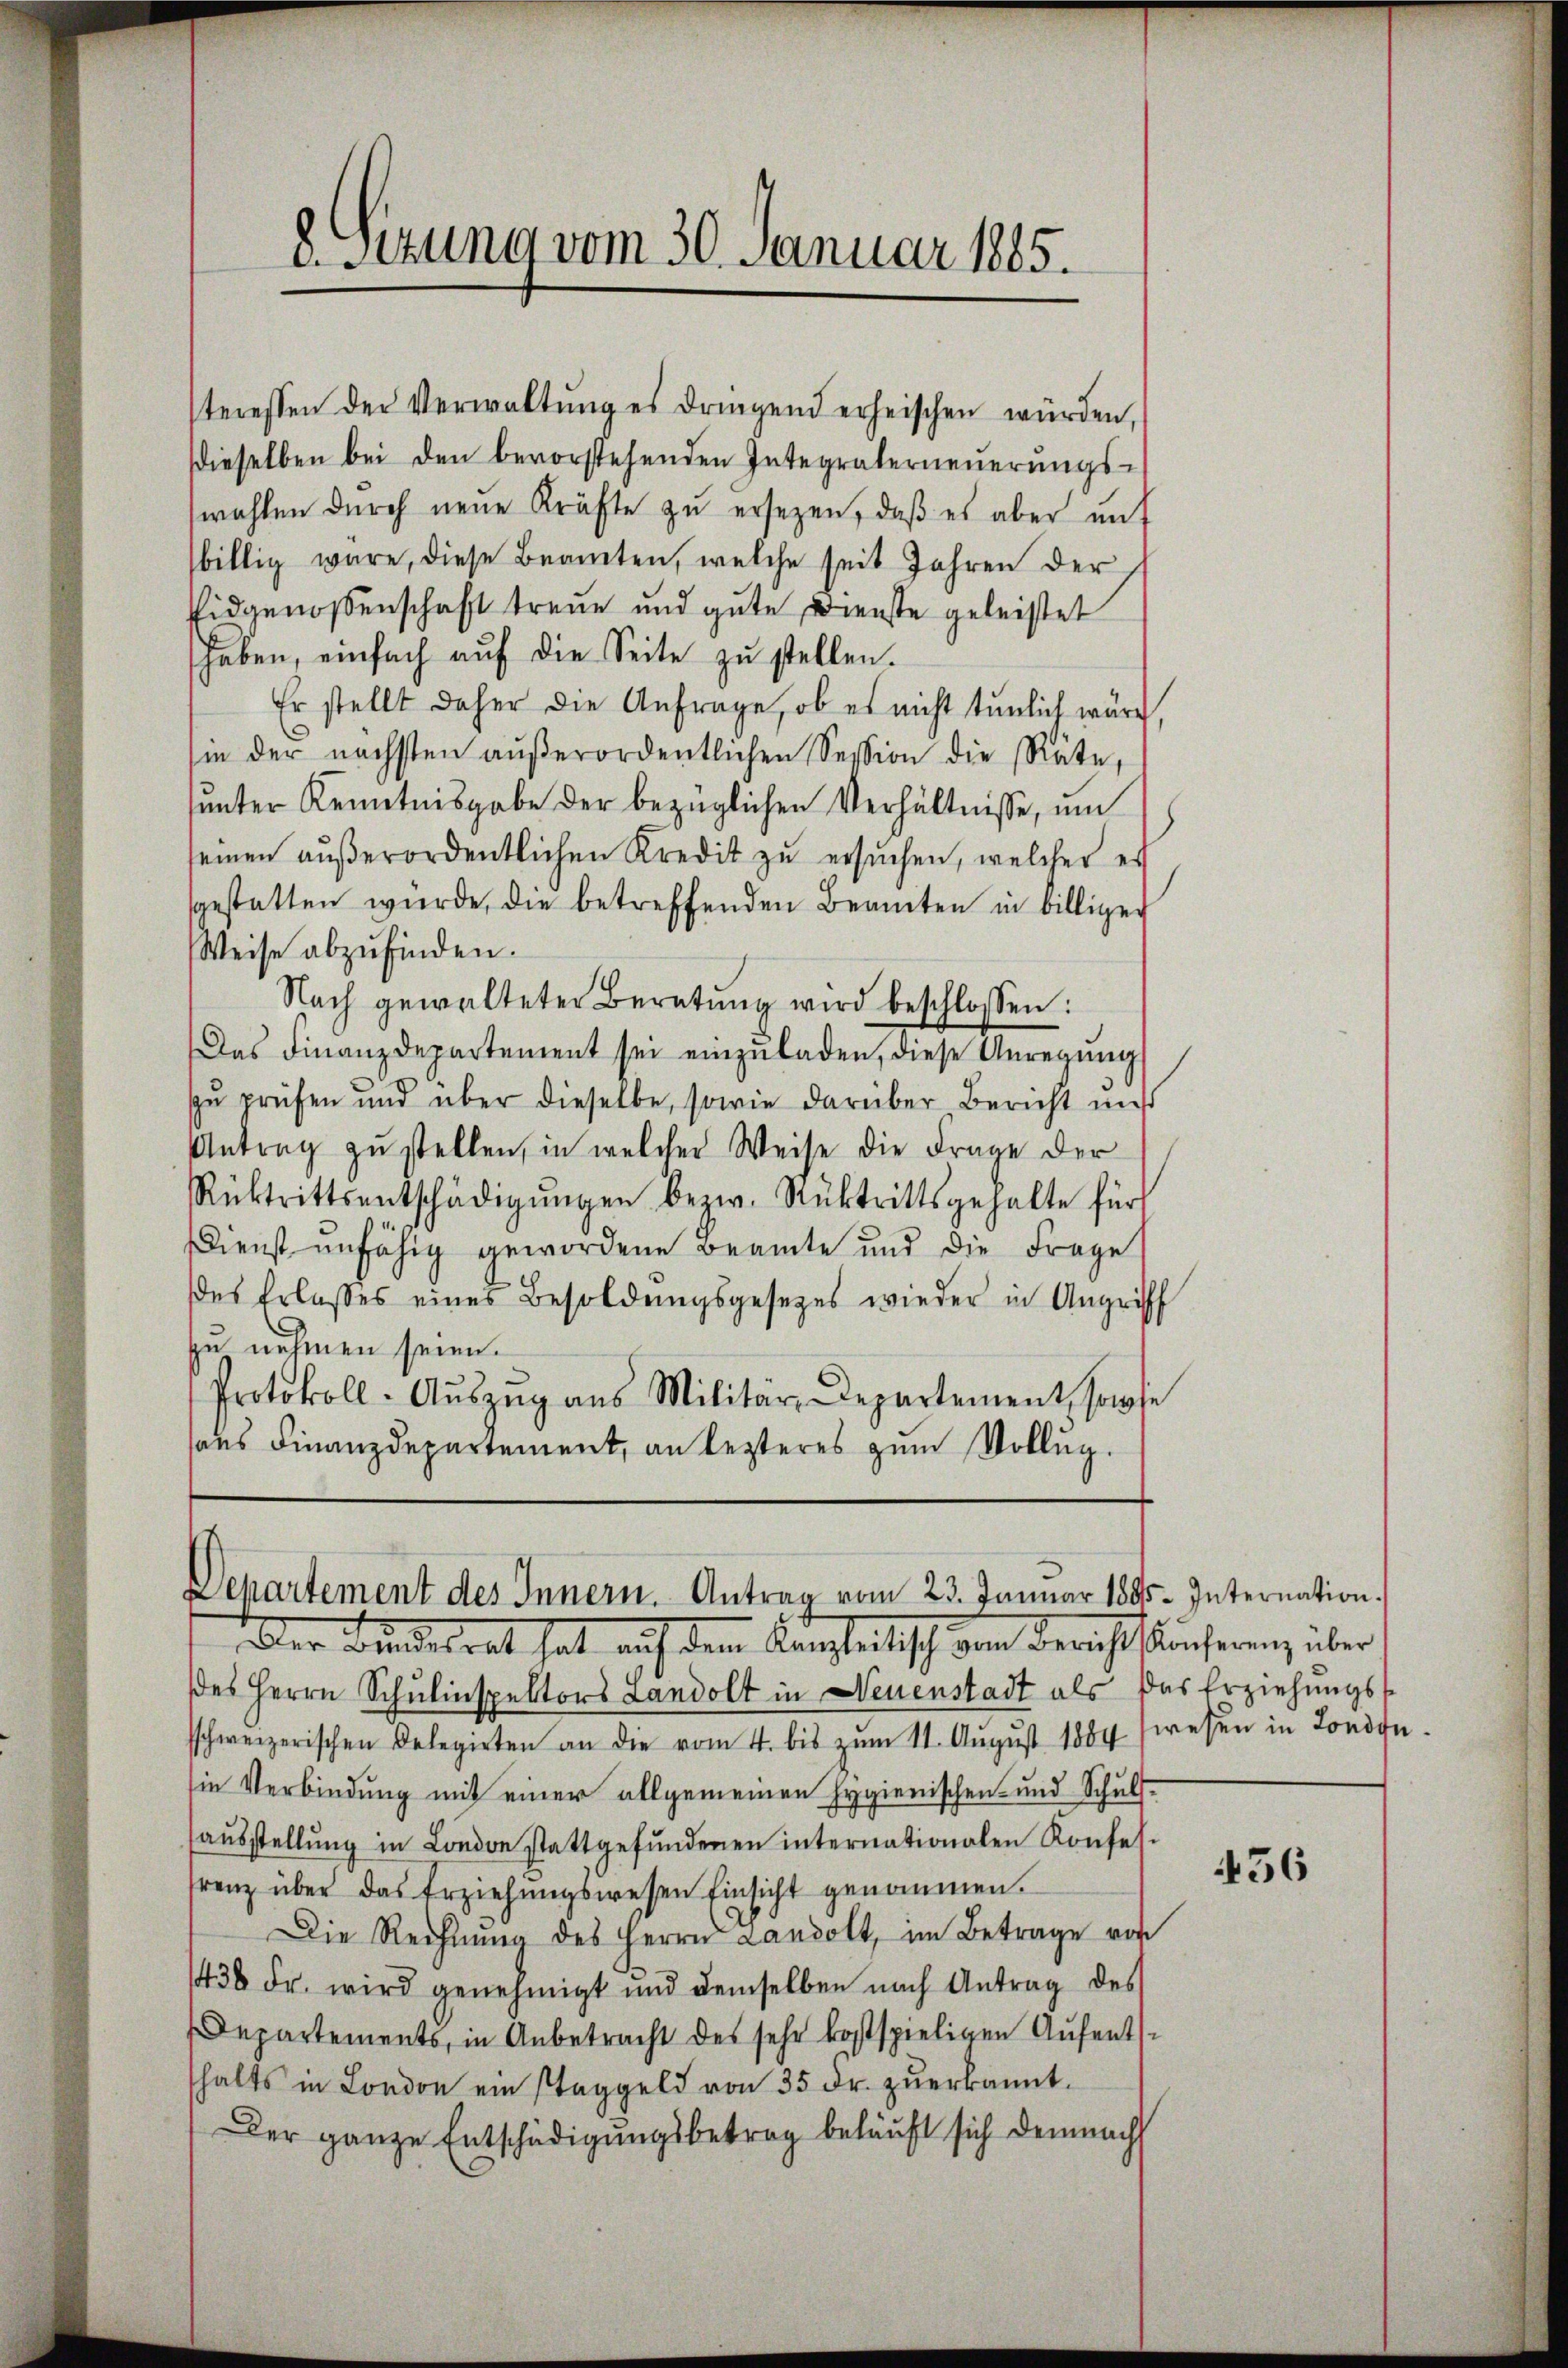
v.Sttung vom 30. Januar 1885.

steressen der Verwaltŭng es dringend erheischen würden,
Dieselben bei den bevorstehenden Integraterneŭerŭngs-
wahlen durch neue Kräfte zu ersezen, daß es aber unt
billig wäre, diese Beamten, welche seit Jahren der
Eidgenossenschaft treue und gute Dienste geleistet
haben, einfach aŭf die Seite zŭ stellen.
Er stellt daher die Anfrage, ob es nicht tunlich war,
in der nächsten aŭβerordentlichen Session die Rate
sunter Kenntnisgabe der bezüglichen Verhältnisse, um
seinen außerordentlichen Kredit zu ersuchen, welcher er
sgestatten würde, die betreffenden Beamten in billiger
Weise abzŭfinden.
Nach gewalteter Beratŭng wird beschlossen:
Das Finanzdepartement sei einzŭladen, diese Anregŭng
zu prüfen und über dieselbe, sowie darüber Bericht mit
Antrag zu stellen, in welcher Weise die Frage der
Rücktrittsentschädigŭngen bezw. Rücktrittsgehalte für
Dienst unfähig gewordene Beamte und die Frage
des Erlasses eines Besoldungsgesetzes wieder in Angriff
zu nehmen seien.
Protokoll-Aŭszŭg ans Militär-Departement, sowie
ans Finanzdepartement, an lezteres zum Volleg.

Departement des Innern. Antrag vom 23. Januar 1885. Internation.
Adler Bundesrat hat auf dem Kanzleitisch von Bericht fünferen, über

des Herrn Schulinspektors Landolt in Neuenstadt als das Erziehungssschweizerischen Delegirten an die vom 4. bis zŭm 11. Aŭgŭst 1884 wesen in Londonsie Verbindung mit einer allgemeinen Hygienischen und Schulfaŭsstellŭng in London stattgefŭndenen internationalen Konfes-
renz über das Erziehŭngswesen Einsicht genommen.
Die Rechnŭng des Herrn Landolt, im Betrage von
436 Fr. wird genehmigt und demselben nach Antrag des
Departements, in Anbetracht des sehr kostspieligen Aufenthalts in London ein Staggeld von 35 Fr. zuerkannt.
Der ganze Entschädigungsbetrag beläuft sich demnach

456